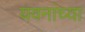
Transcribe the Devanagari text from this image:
यवनांच्या